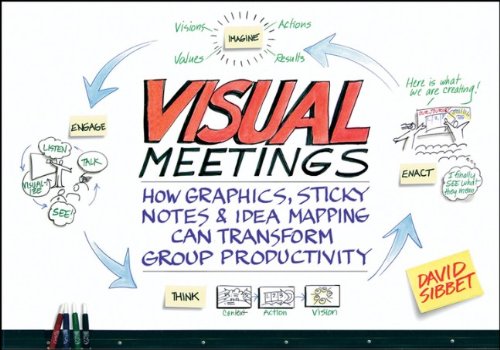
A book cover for Visual Meetings: How Graphics, Sticky Notes and Idea Mapping Can Transform Group Productivity; David Sibbet; Business & Money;